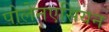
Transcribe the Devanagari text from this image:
पोलेनएसियन